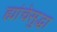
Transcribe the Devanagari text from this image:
ह्यांचेसुद्धा